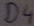
Text: D4